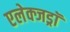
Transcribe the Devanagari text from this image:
एलेक्जड्राॅ